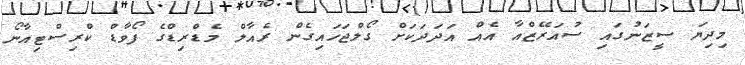
މިދިޔަ ސީޒަނުގައި ސުއަރޭޒްއާ އެއް އަދަދަކަށް ގޯލްޖަހައިގެން ރެއާލް މެޑްރިޑްގެ ފޯވާޑް ކްރިސްޓިއާނޯ